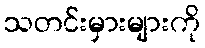
သတင်းမှားများကို